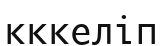
кккеліп